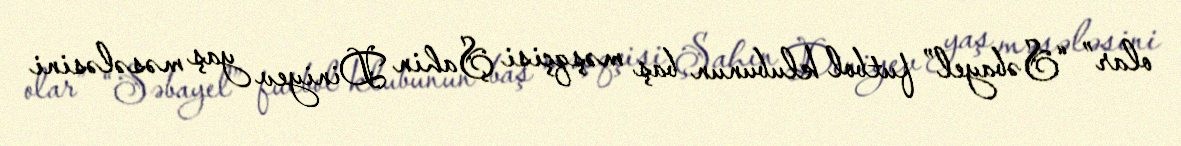
olar” “Səbayel” futbol klubunun baş məşqçisi Şahin Diniyev yaş məsələsini